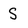
Character: S